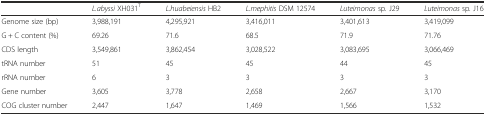
<table><thead><tr><td></td><td><b><i>L.abyssi</i> XH031<sup>T</sup></b></td><td><b><i>L.huabeiensis</i> HB2</b></td><td><b><i>L.mephitis</i> DSM 12574</b></td><td><b><i>Luteimonas </i>sp<i>.</i> J29</b></td><td><b><i>Luteimonas</i> sp<i>.</i> J16</b></td></tr></thead><tbody><tr><td>Genome size (bp)</td><td>3,988,191</td><td>4,295,921</td><td>3,416,011</td><td>3,401,613</td><td>3,419,099</td></tr><tr><td>G + C content (%)</td><td>69.26</td><td>71.6</td><td>68.5</td><td>71.9</td><td>71.76</td></tr><tr><td>CDS length</td><td>3,549,861</td><td>3,862,454</td><td>3,028,522</td><td>3,083,695</td><td>3,066,469</td></tr><tr><td>tRNA number</td><td>51</td><td>45</td><td>45</td><td>44</td><td>45</td></tr><tr><td>rRNA number</td><td>6</td><td>3</td><td>3</td><td>3</td><td>3</td></tr><tr><td>Gene number</td><td>3,605</td><td>3,778</td><td>2,658</td><td>2,667</td><td>3,170</td></tr><tr><td>COG cluster number</td><td>2,447</td><td>1,647</td><td>1,469</td><td>1,566</td><td>1,532</td></tr></tbody></table>